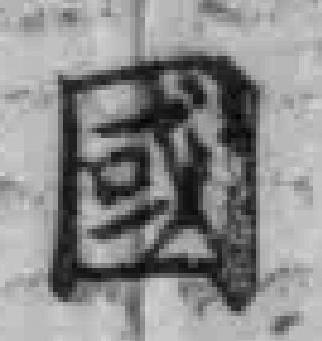
國